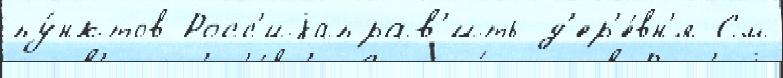
пу́нктов Росс'иjаправ'ить д'ер'е́вн'я См